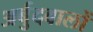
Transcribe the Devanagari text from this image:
अर्बुदवालों